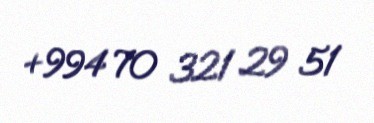
+994 70 321 29 51